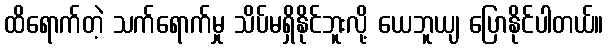
ထိရောက်တဲ့ သက်ရောက်မှု သိပ်မရှိနိုင်ဘူးလို့ ယေဘူယျ ပြောနိုင်ပါတယ်။